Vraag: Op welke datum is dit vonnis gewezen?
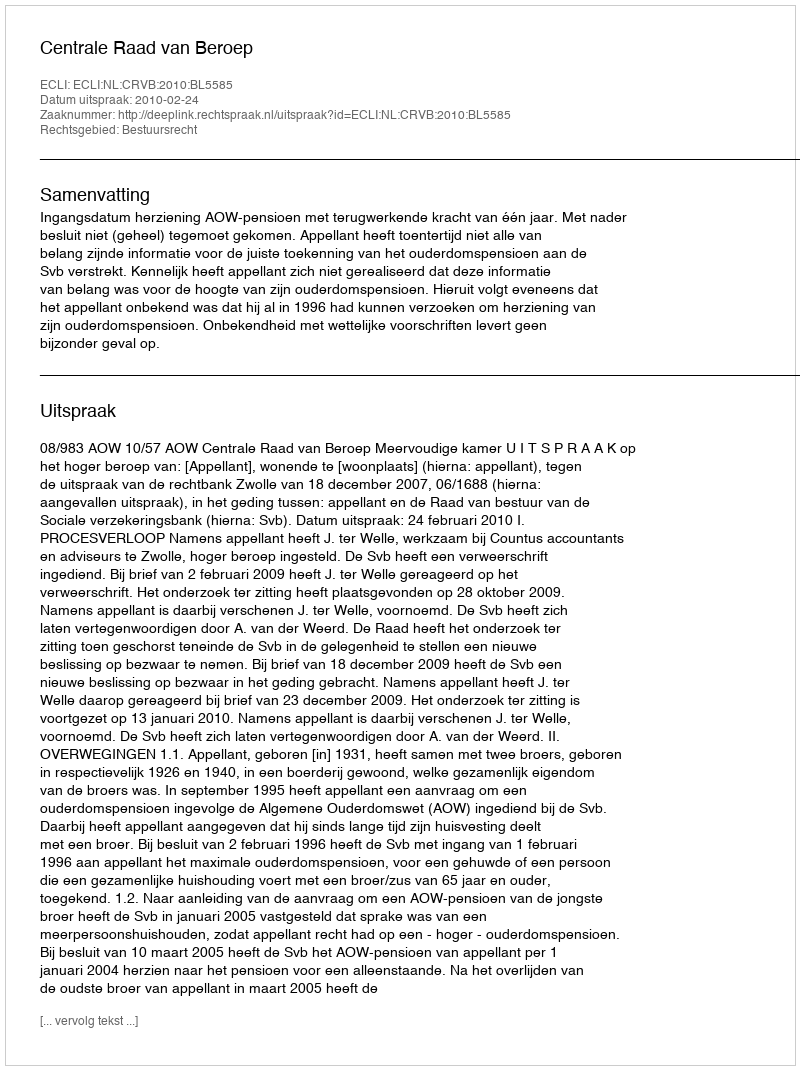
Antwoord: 2010-02-24